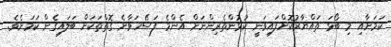
ކަމަށާއި މި ބޯޅަ ތައްޔާރުކޮށްފައިވަނީ ކުޅުންތެރިންނަށް އެންމެ ފަސޭހަވާނެ ގޮތްތަކަށް ބަލައިގެން ކަމަށެވެ.